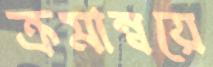
ক্রমান্বয়ে